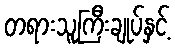
တရားသူကြီးချုပ်နှင့်